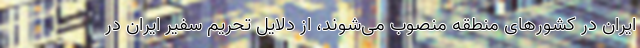
ایران در کشورهای منطقه منصوب می‌شوند، از دلایل تحریم سفیر ایران در